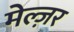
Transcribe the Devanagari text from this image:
मेल्ज़र